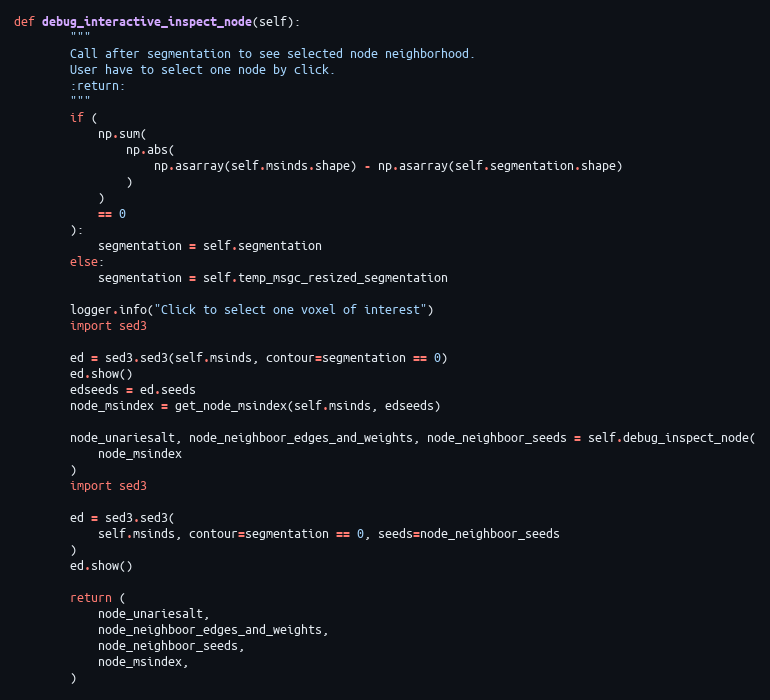
Language: Python
def debug_interactive_inspect_node(self):
        """
        Call after segmentation to see selected node neighborhood.
        User have to select one node by click.
        :return:
        """
        if (
            np.sum(
                np.abs(
                    np.asarray(self.msinds.shape) - np.asarray(self.segmentation.shape)
                )
            )
            == 0
        ):
            segmentation = self.segmentation
        else:
            segmentation = self.temp_msgc_resized_segmentation

        logger.info("Click to select one voxel of interest")
        import sed3

        ed = sed3.sed3(self.msinds, contour=segmentation == 0)
        ed.show()
        edseeds = ed.seeds
        node_msindex = get_node_msindex(self.msinds, edseeds)

        node_unariesalt, node_neighboor_edges_and_weights, node_neighboor_seeds = self.debug_inspect_node(
            node_msindex
        )
        import sed3

        ed = sed3.sed3(
            self.msinds, contour=segmentation == 0, seeds=node_neighboor_seeds
        )
        ed.show()

        return (
            node_unariesalt,
            node_neighboor_edges_and_weights,
            node_neighboor_seeds,
            node_msindex,
        )